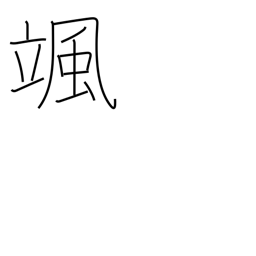
Meaning: sound of the wind